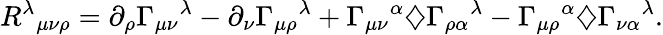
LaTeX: {R^{\lambda}}_{\mu\nu\rho}=\partial_{\rho}{\Gamma_{\mu\nu}}^{\lambda}-\partial_{\nu}{\Gamma_{\mu\rho}}^{\lambda}+{\Gamma_{\mu\nu}}^{\alpha}\diamondsuit{\Gamma_{\rho\alpha}}^{\lambda}-{\Gamma_{\mu\rho}}^{\alpha}\diamondsuit{\Gamma_{\nu\alpha}}^{\lambda}.